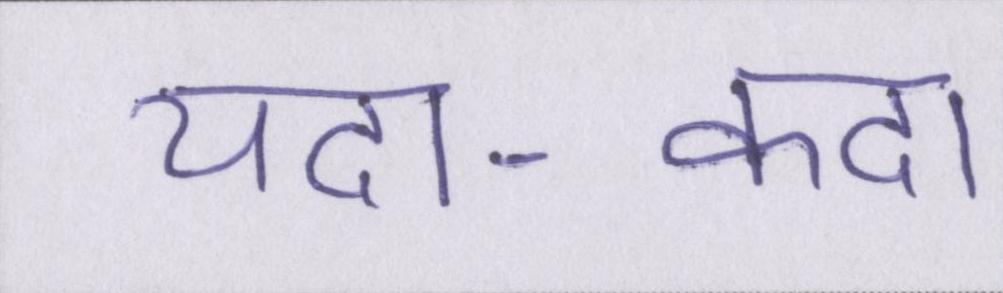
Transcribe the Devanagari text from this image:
यदा-कदा